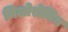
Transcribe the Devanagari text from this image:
मिलोरोचिव